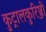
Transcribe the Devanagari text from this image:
कुट्रालकुरिञ्जी